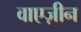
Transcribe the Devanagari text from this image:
वाएज़ीन